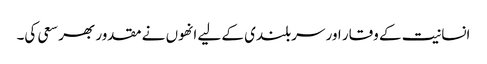
انسانیت کے وقار اور سربلندی کے لیے انھوں نے مقدور بھر سعی کی۔